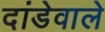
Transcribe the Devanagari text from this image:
दांडेवाले